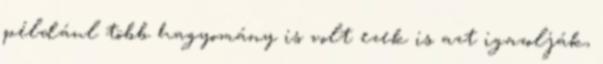
például több hagyomány is volt ezek is azt igazolják,